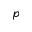
p